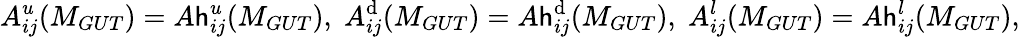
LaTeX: A_{ij}^{u}(M_{GUT})=A\mathsf{h}_{ij}^{u}(M_{GUT}),\; A_{ij}^{\mathrm{d}}(M_{GUT})=A\mathsf{h}_{ij}^{\mathrm{d}}(M_{GUT}),\; A_{ij}^{l}(M_{GUT})=A\mathsf{h}_{ij}^{l}(M_{GUT}),